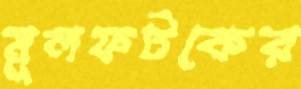
মূলফটকের